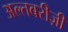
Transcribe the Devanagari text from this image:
अल्तबरीज़ी